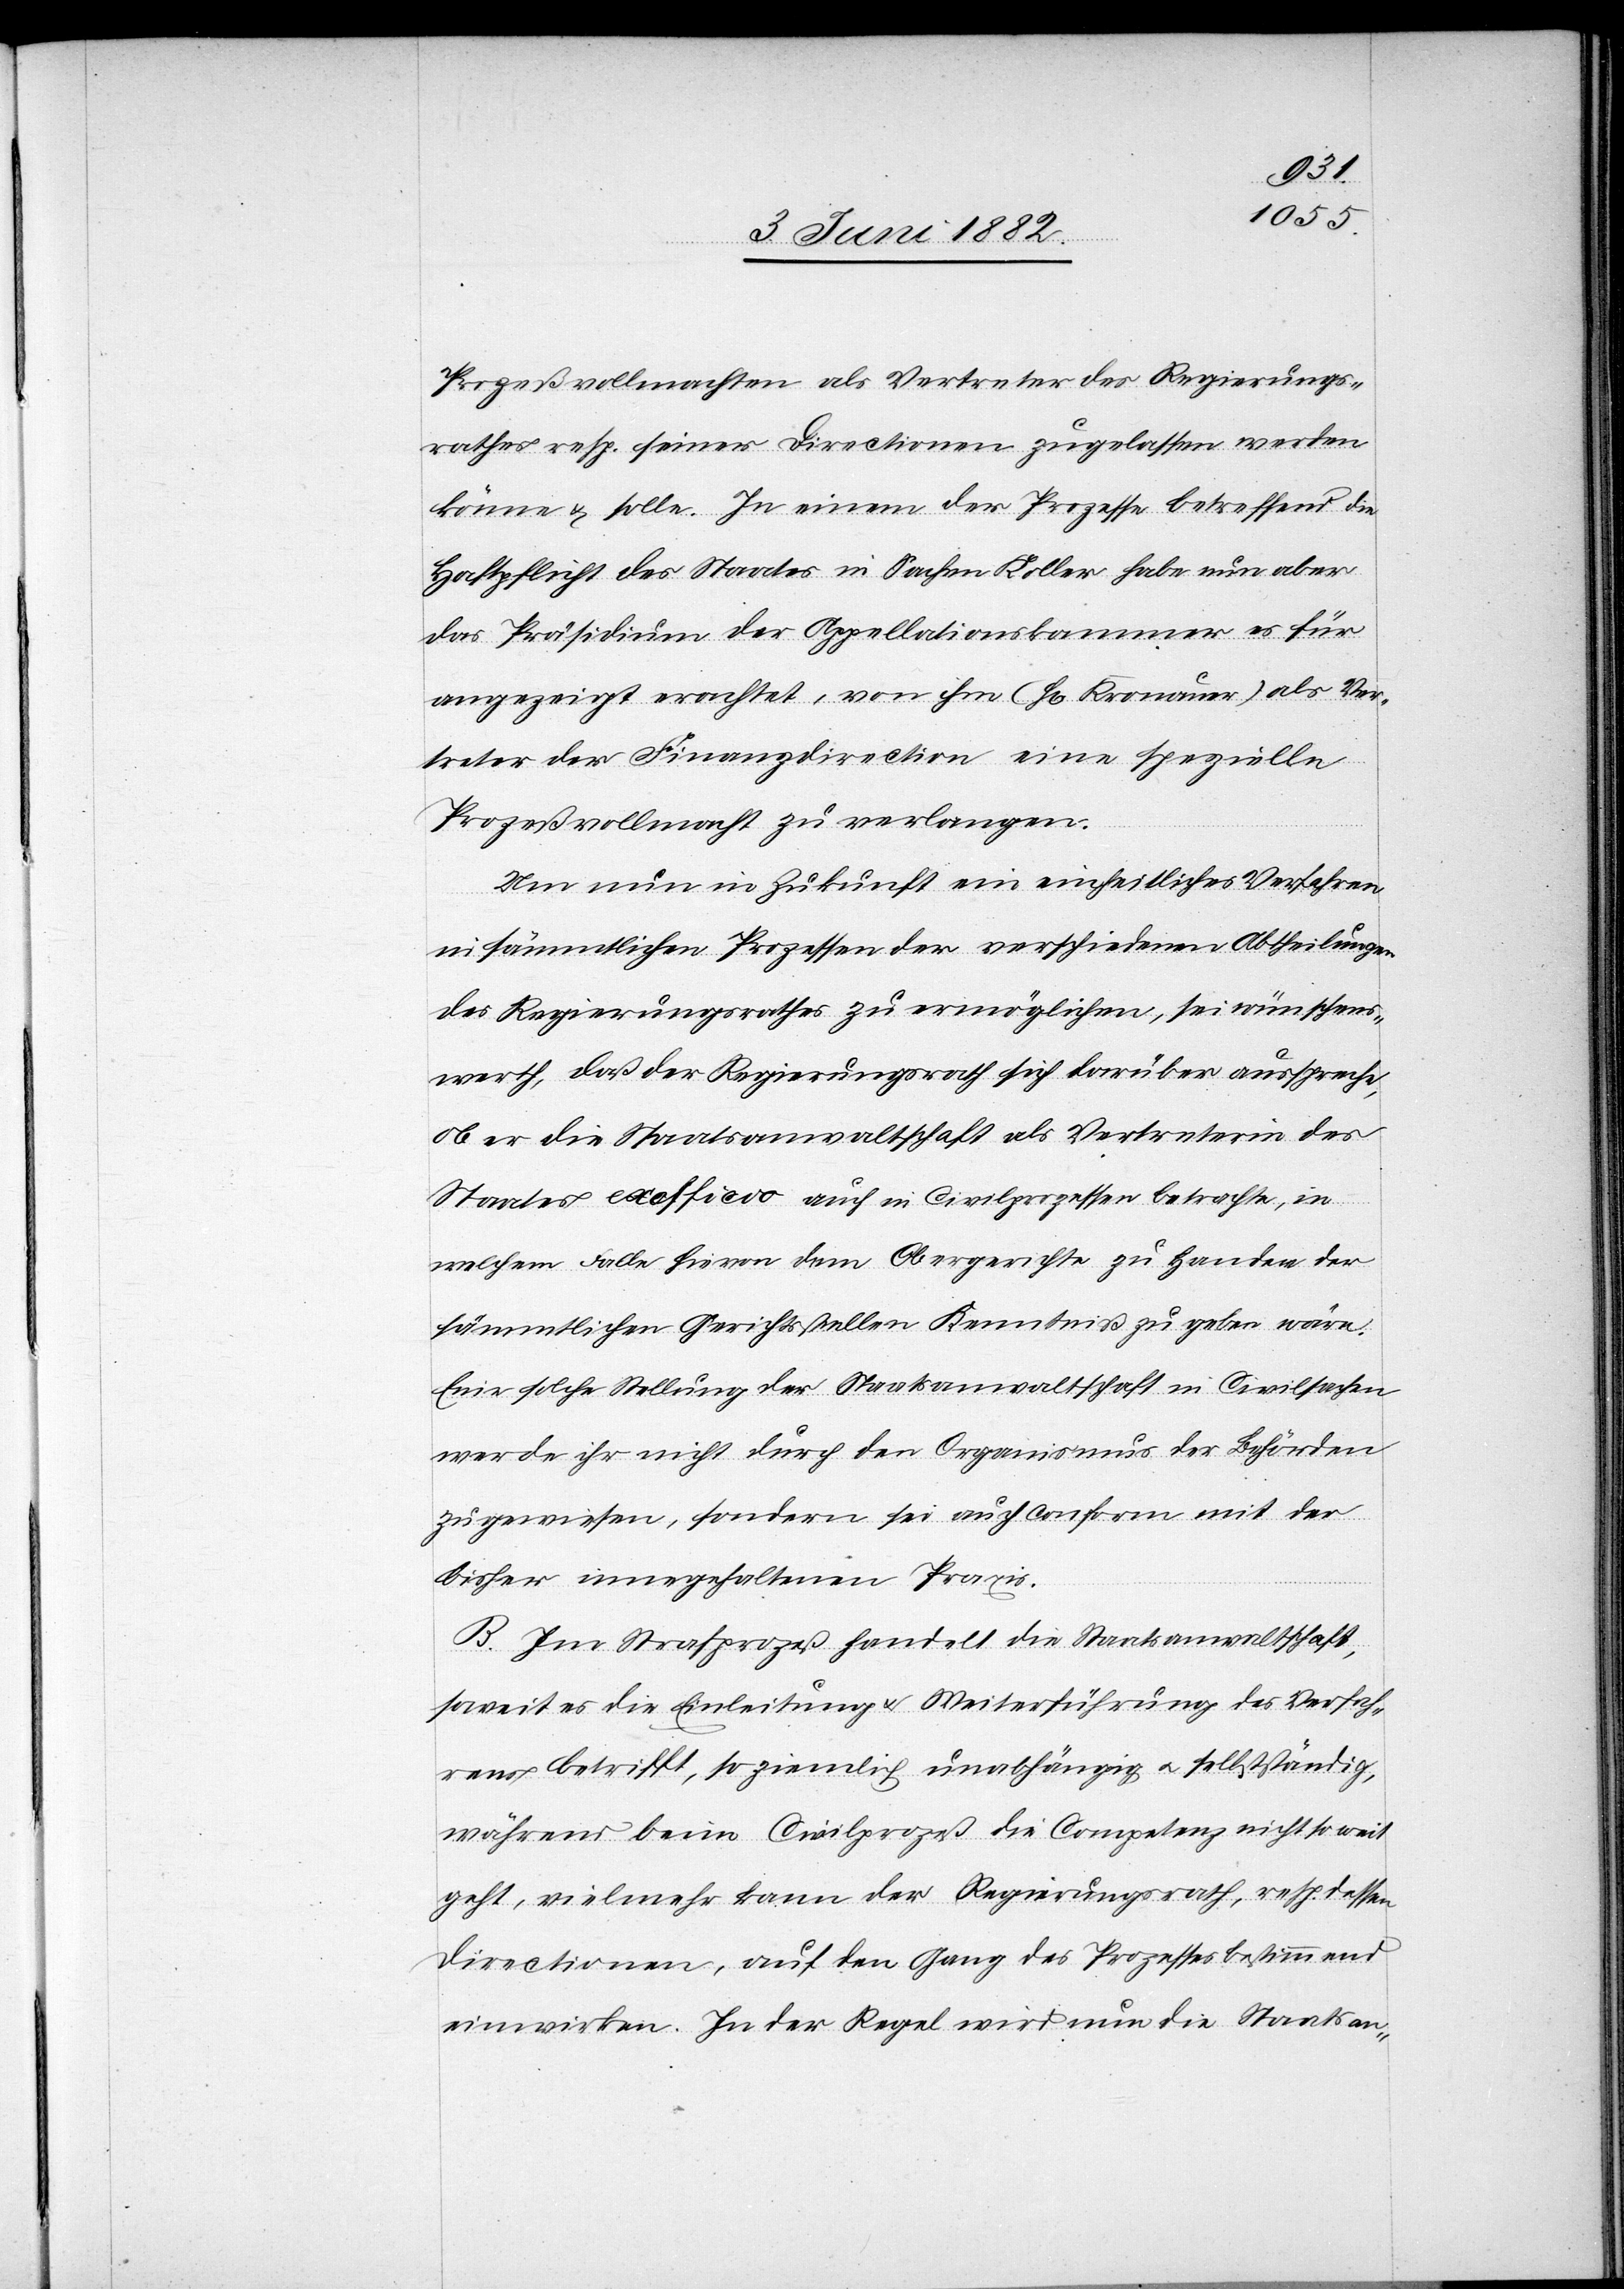
Prozeßvollmachten als Vertreter des Regierungs¬
rathes resp. seiner Directionen zugelassen werden
könne & solle. In einem der Prozesse betreffend die
Haftpflicht des Staates in Sachen Koller habe nun aber
das Präsidium der Appellationskammer es für
angezeigt erachtet, von ihm (H[rn]. Kronauer) als Ver¬
treter der Finanzdirection eine spezielle
Prozeßvollmacht zu verlangen.
Um nun in Zukunft ein einheitliches Verfahren
in sämmtlichen Prozessen der verschiedenen Abtheilungen
des Regierungsrathes zu ermöglichen, sei wünschens¬
werth, daß der Regierungsrath sich darüber ausspreche,
ob er die Staatsanwaltschaft als Vertreterin der
Staates exefficio auch in Civilprozessen betrachte, in
welchem Falle hievon dem Obergerichte zu Handen der
sämmtlichen Gerichtsstellen Kenntniß zu geben wäre.
Eine solche Stellung der Staatsanwaltschaft in Civilsachen
werde ihr nicht durch den Organismus der Behörden
zugewiesen, sondern sei auch conform mit der
bisher innegehaltenen Praxis.
B. Im Strafprozeß handelt die Staatsanwaltschaft,
soweit es die Einleitung & Weiterführung des Verfah¬
rens betrifft, so ziemlich unabhängig u. selbstständig,
während beim Civilprozeß die Competenz nicht so weit
geht, vielmehr kann der Regierungsrath, resp. dessen
Directionen, auf den Gang des Prozesses bestimmt
einwirken. In der Regel wird nun die Staatsan-